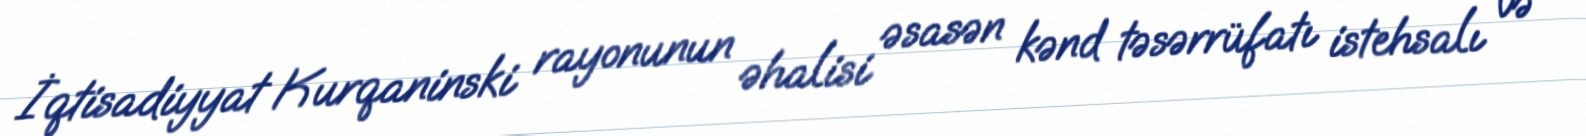
İqtisadiyyat Kurqaninski rayonunun əhalisi əsasən kənd təsərrüfatı istehsalı və